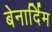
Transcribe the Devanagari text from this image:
बेनार्दिम